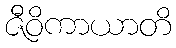
ဇီဝိကာယာတိ